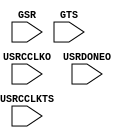
`timescale 1ns / 1ns

// verilator lint_off UNUSED
// verilator lint_off UNDRIVEN

module STARTUPE2
    #(
        parameter PROG_USR = "FALSE",
        parameter SIM_CCLK_FREQ = 0.0
    )
    (
        input wire GSR,
        input wire GTS,
        input wire USRCCLKO,
        input wire USRCCLKTS,
        input wire USRDONEO
    );
endmodule

// verilator lint_on UNUSED
// verilator lint_on UNDRIVEN